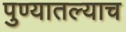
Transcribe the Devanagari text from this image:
पुण्यातल्याच